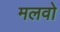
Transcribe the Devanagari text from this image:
मलवो